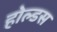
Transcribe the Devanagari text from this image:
होल्डस